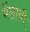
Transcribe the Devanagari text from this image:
मेंलायी